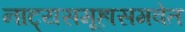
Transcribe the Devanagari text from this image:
नाट्यसमूहासमवेत